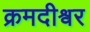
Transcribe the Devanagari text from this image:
क्रमदीश्वर